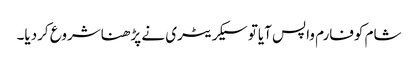
شام کوفارم واپس آیاتو سیکریٹری نے پڑھناشروع کردیا۔